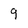
Character: 9